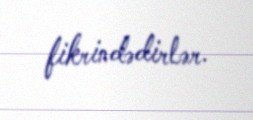
fikrindədirlər.